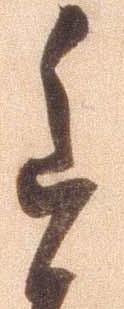
重